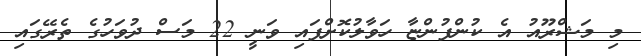
މި މަޝްރޫއު އެ ކުންފުންޏާ ހަވާލުކޮށްފައި ވަނީ 22 މަސް ދުވަހުގެ ތެރޭގައި